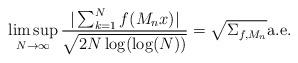
LaTeX: \begin{align*} \limsup_{N\to\infty}\frac{|\sum_{k=1}^Nf(M_nx)|}{\sqrt{2N\log(\log(N))}}=\sqrt{\Sigma_{f,M_n}} \textnormal{a.e.}\end{align*}